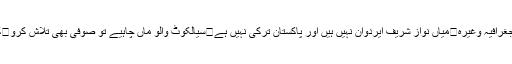
کتھا ایک پائجامے کی	نامعلومستان کا جغرافیہ وغیرہ	میاں نواز شریف ایردوان نہیں ہیں اور پاکستان ترکی نہیں ہے	سیالکوٹ والو ماں چاہیے تو صوفی بھی تلاش کرو	کتنے لوگ منٹو کو رول ماڈل مانیں گے؟